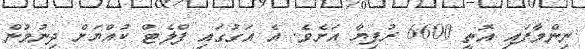
ނިންމާފައި އޮތީ 6600 ރުފިޔާ އަށެވެ. އެ އަގުގައި ފްލެޓް ކުއްޔަށް ދިނުމުން